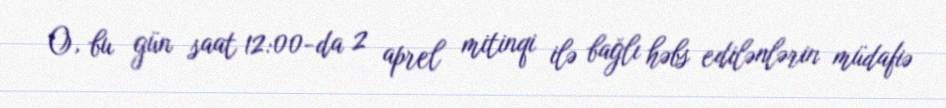
O, bu gün saat 12:00-da 2 aprel mitinqi ilə bağlı həbs edilənlərin müdafiə